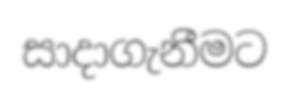
සාදාගැනීමට